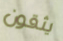
يثقون